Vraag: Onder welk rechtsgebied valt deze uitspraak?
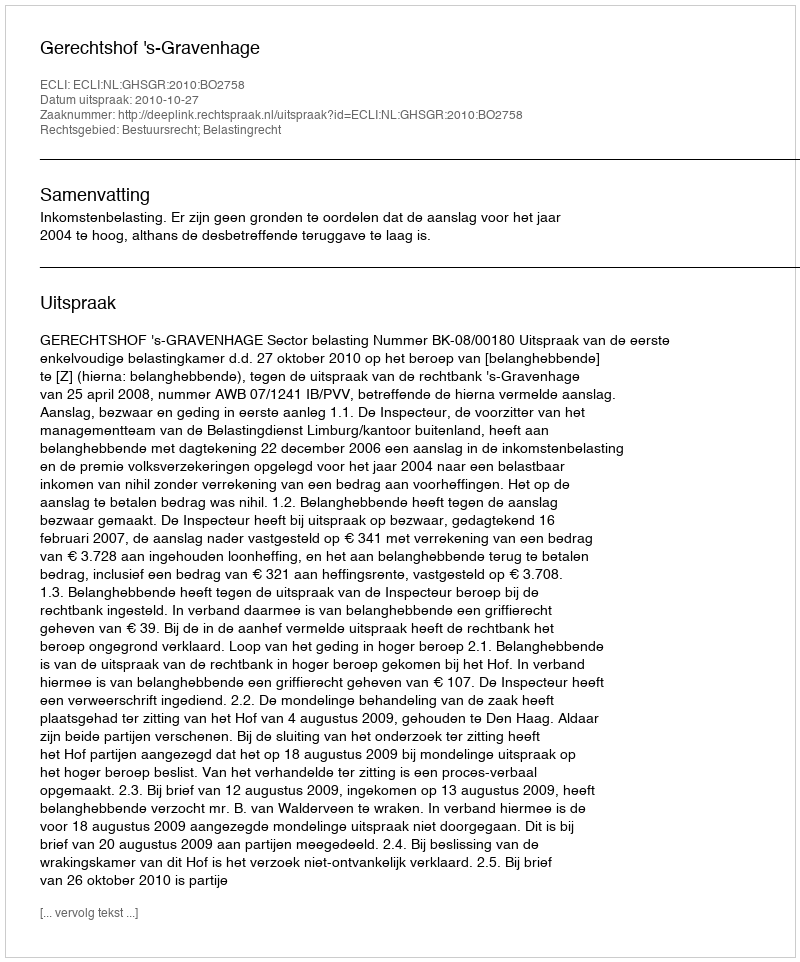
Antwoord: Bestuursrecht; Belastingrecht